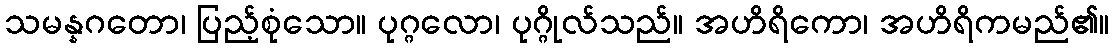
သမန္နဂတော၊ ပြည့်စုံသော။ ပုဂ္ဂလော၊ ပုဂ္ဂိုလ်သည်။ အဟိရိကော၊ အဟိရိကမည်၏။